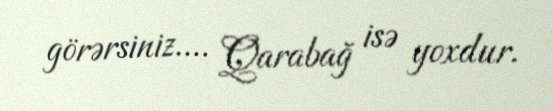
görərsiniz.... Qarabağ isə yoxdur.